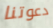
دعوتنا